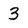
Character: 3